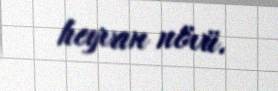
heyvan növü.